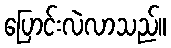
ပြောင်းလဲလာသည်။